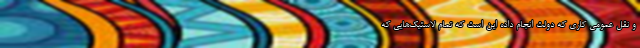
و نقل عمومی کاری که دولت انجام داده این است که تمام لاستیک‌هایی که